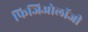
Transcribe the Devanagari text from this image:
फिजिओलॉजी